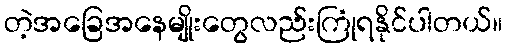
တဲ့အခြေအနေမျိုးတွေလည်းကြုံရနိုင်ပါတယ်။